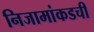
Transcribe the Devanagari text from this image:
निजामांकडची